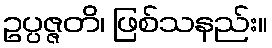
ဥပ္ပဇ္ဇတိ၊ ဖြစ်သနည်း။